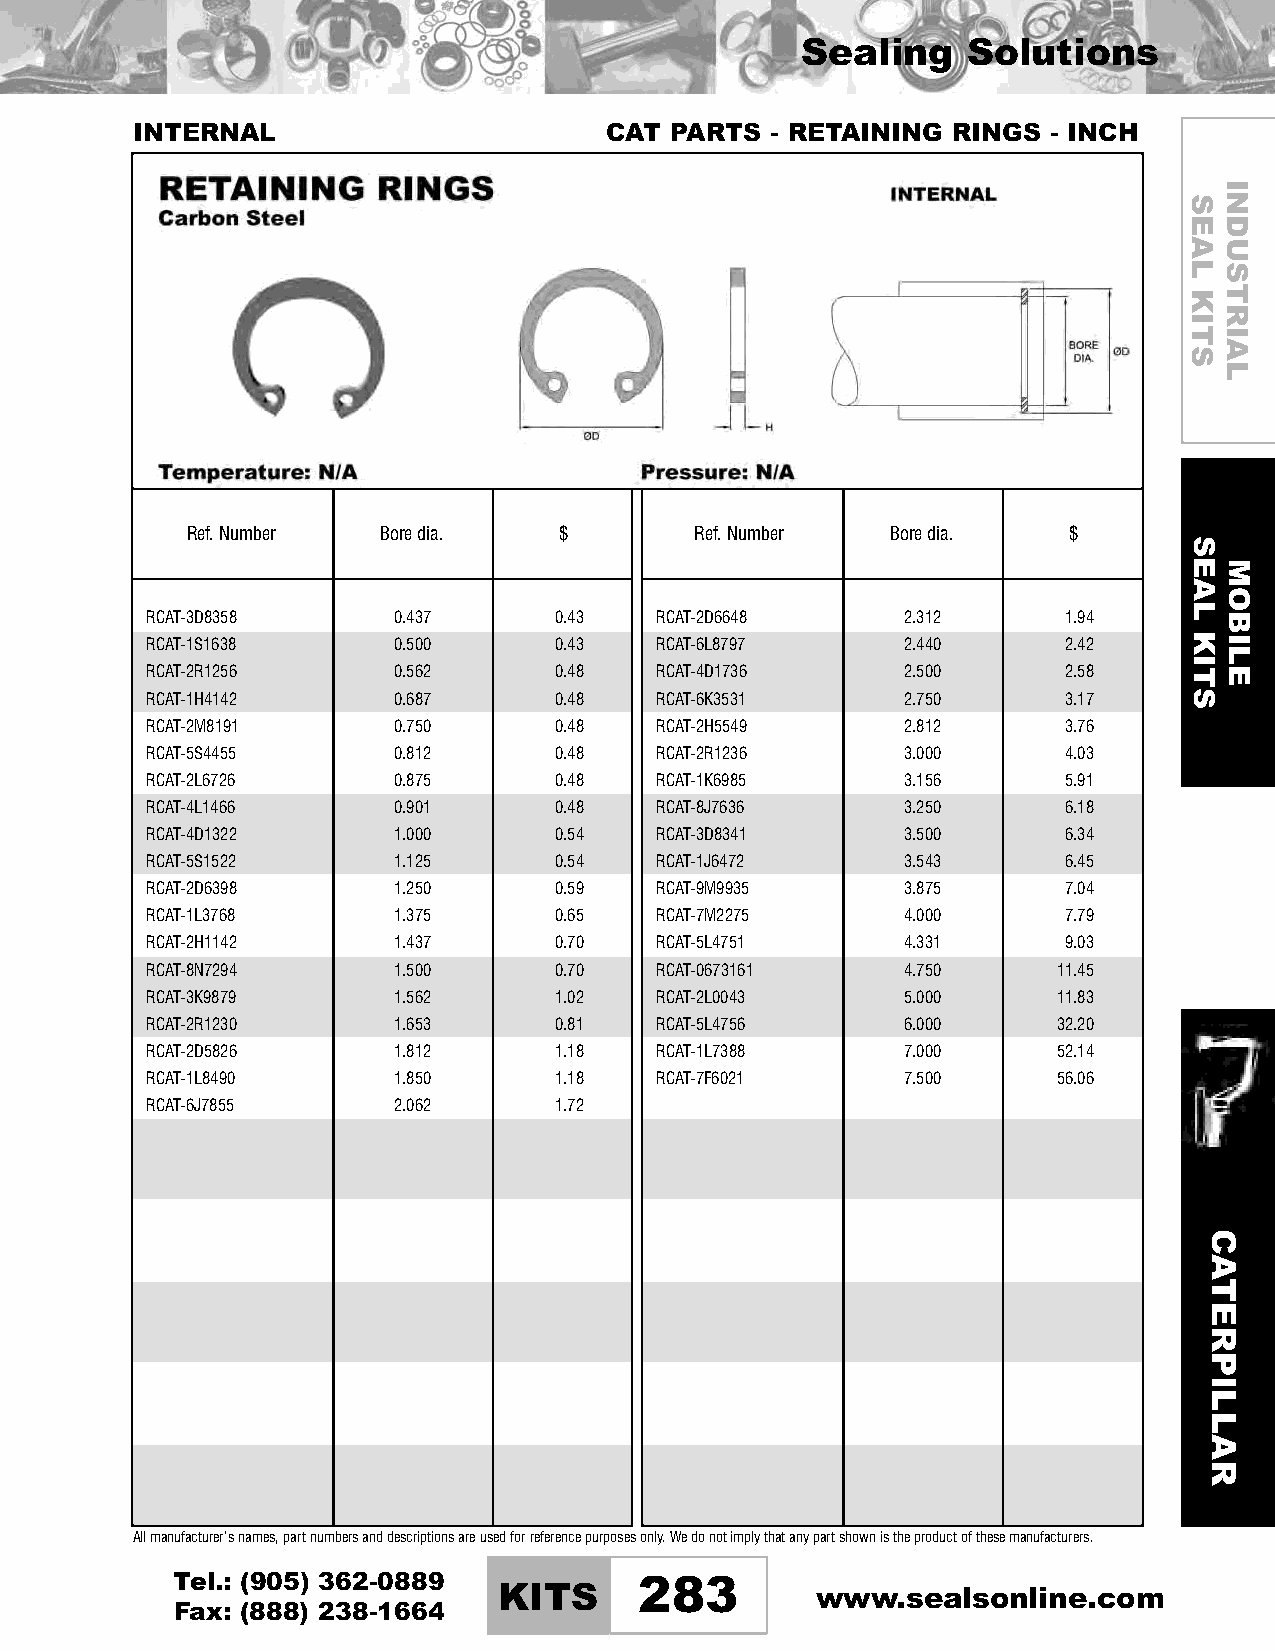
Sealing    Solutions
 INTERNAL                       CAT PARTS  - RETAINING RINGS  - INCH
 Ref.Number   Boredia.    $        Ref.Number   Boredia.    $
 RCAT-3D8358     0.437      0.43  RCAT-2D6648      2.312      1.94
 RCAT-1S1638     0.500      0.43  RCAT-6L8797      2.440      2.42
 RCAT-2R1256     0.562      0.48  RCAT-4D1736      2.500      2.58
 RCAT-1H4142     0.687      0.48  RCAT-6K3531      2.750      3.17
 RCAT-2M8191     0.750      0.48  RCAT-2H5549      2.812      3.76
 RCAT-5S4455     0.812      0.48  RCAT-2R1236      3.000      4.03
 RCAT-2L6726     0.875      0.48  RCAT-1K6985      3.156      5.91
 RCAT-4L1466     0.901      0.48  RCAT-8J7636      3.250      6.18
 RCAT-4D1322     1.000      0.54  RCAT-3D8341      3.500      6.34
 RCAT-5S1522     1.125      0.54  RCAT-1J6472      3.543      6.45
 RCAT-2D6398     1.250      0.59  RCAT-9M9935      3.875      7.04
 RCAT-1L3768     1.375      0.65  RCAT-7M2275      4.000      7.79
 RCAT-2H1142     1.437      0.70  RCAT-5L4751      4.331      9.03
 RCAT-8N7294     1.500      0.70  RCAT-0673161     4.750     11.45
 RCAT-3K9879     1.562      1.02  RCAT-2L0043      5.000     11.83
 RCAT-2R1230     1.653      0.81  RCAT-5L4756      6.000     32.20
 RCAT-2D5826     1.812      1.18  RCAT-1L7388      7.000     52.14
 RCAT-1L8490     1.850      1.18  RCAT-7F6021      7.500     56.06
 RCAT-6J7855     2.062      1.72
 Allmanufacturer’snames,partnumbersanddescriptionsareusedforreferencepurposesonly.Wedonotimplythatanypartshownistheproductofthesemanufacturers.
 Tel.: (905) 362-0889
 KITS     283         www.sealsonline.com
 Fax: (888) 238-1664
 SEAL
 KITS
 SEAL
 KITS
 CATERPILLAR
 INDUSTRIAL
 MOBILE